Sketch of the medical history of the native army of Bombay, for the year
Year: 1870
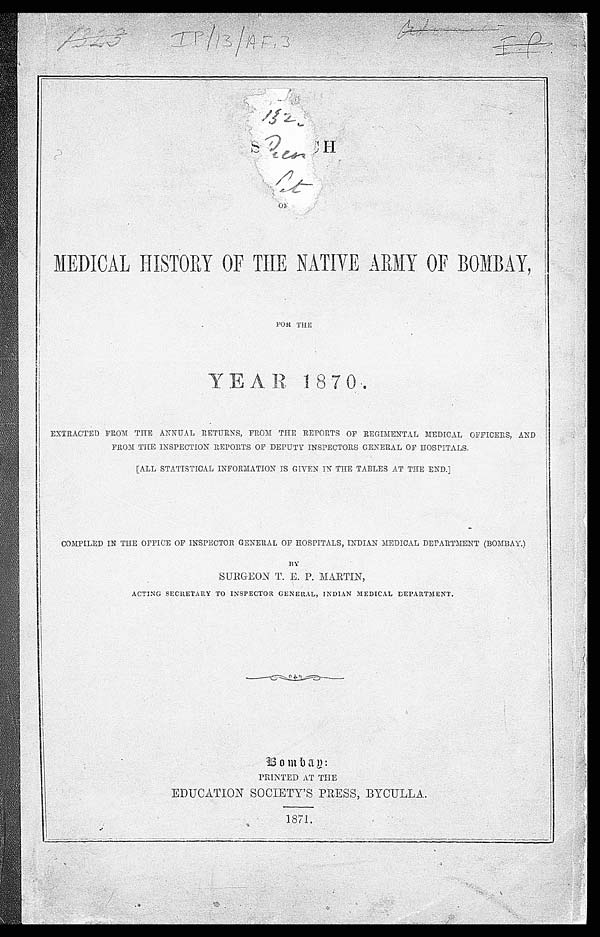
I P / 1 3 / A F 3M
E D I C A L H I S T O R Y O F T H E N A T I V E A R M Y O F B O M B A Y ,F
O R T H EY
E A R 1 8 7 0 .
E X T R A C T E D F R O M T H E A N N U A L R E T U R N S , F R O M T H E R E P O R T S O F R E G I M E N T A L M E D I C A L O F F I C E R S , A N D
F R O M T H E I N S P E C T I O N R E P O R T S O F D E P U T Y I N S P E C T O R S G E N E R A L O F H O S P I T A L S .
[ A L L S T A T I S T I C A L I N F O R M A T I O N I S G I V E N I N T H E T A B L E S A T T H E E N D . ]
C O M P L I E D I N T H E O F F I C E O F I N S P E C T O R G E N E R A L O F H O S P I T A L , I N D I A N M E D I C A L D E P A R T M E N T ( B O M B A Y . )
BYS U R G E O N T . E . P . M A R T I N ,A
C T I N G S E C R E T A R Y T O I N S P E C T O R G E N E R A L , I N D I A N M E D I C A L D E P A R T M E N T .
B o m b a y :P
R I N T E D A T T H EE
D U C A T I O N S O C I E T Y ' S P R E S S , B Y C U L L A .
1 8 7 1 .